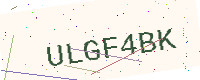
Text: ULGF4BK